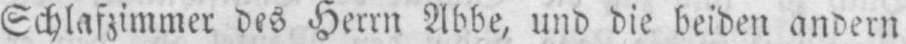
Schlafzimmer des Herrn Abbe, und die beiden andern